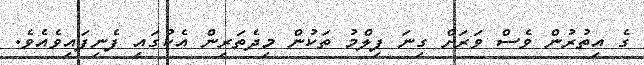
ގެ އިތުރުން ވެސް ވަރަށް ގިނަ ފިލްމު ތަކުން މިދެތަރިން އެކުގައި ފެނިފައިވެއެވެ.